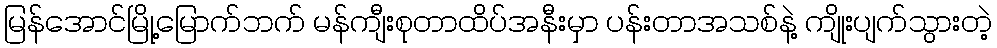
မြန်အောင်မြို့မြောက်ဘက် မန်ကျီးစုတာထိပ်အနီးမှာ ပန်းတာအသစ်နဲ့ ကျိုးပျက်သွားတဲ့